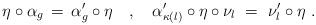
LaTeX: \begin{align*}\eta \circ \alpha_g \, = \, \alpha'_g \circ \eta \ \ \ , \ \ \ \alpha'_{\kappa(l)} \circ \eta \circ \nu_l \ = \ \nu'_l \circ \eta \ .\end{align*}